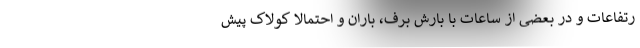
رتفاعات و در بعضی از ساعات با بارش برف، باران و احتمالا کولاک پیش